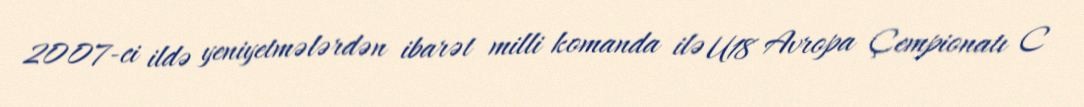
2007-ci ildə yeniyetmələrdən ibarət milli komanda ilə U18 Avropa Çempionatı C